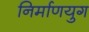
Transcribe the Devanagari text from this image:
निर्माणयुग